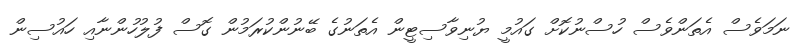
ނަމަވެސް އެތަންވެސް ހުސްނުކޮށް ގައުމީ ޔުނިވާސިޓީން އެތަނުގެ ބޭނުންކުރަމުން ގޮސް ފުލުހުންނާއި ހައުސިން